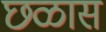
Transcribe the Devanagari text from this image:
छळास